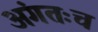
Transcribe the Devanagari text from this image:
अंगतःच